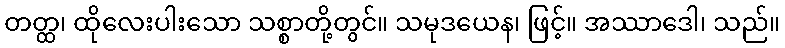
တတ္ထ၊ ထိုလေးပါးသော သစ္စာတို့တွင်။ သမုဒယေန၊ ဖြင့်။ အဿာဒေါ၊ သည်။